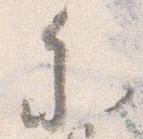
参